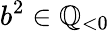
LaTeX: b^{2}\in\mathbb{Q}_{<0}